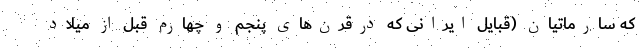
که سارماتیان (قبایل ایرانی که درقرن‌های پنجم و چهارم قبل از میلاد